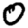
Digit: 0